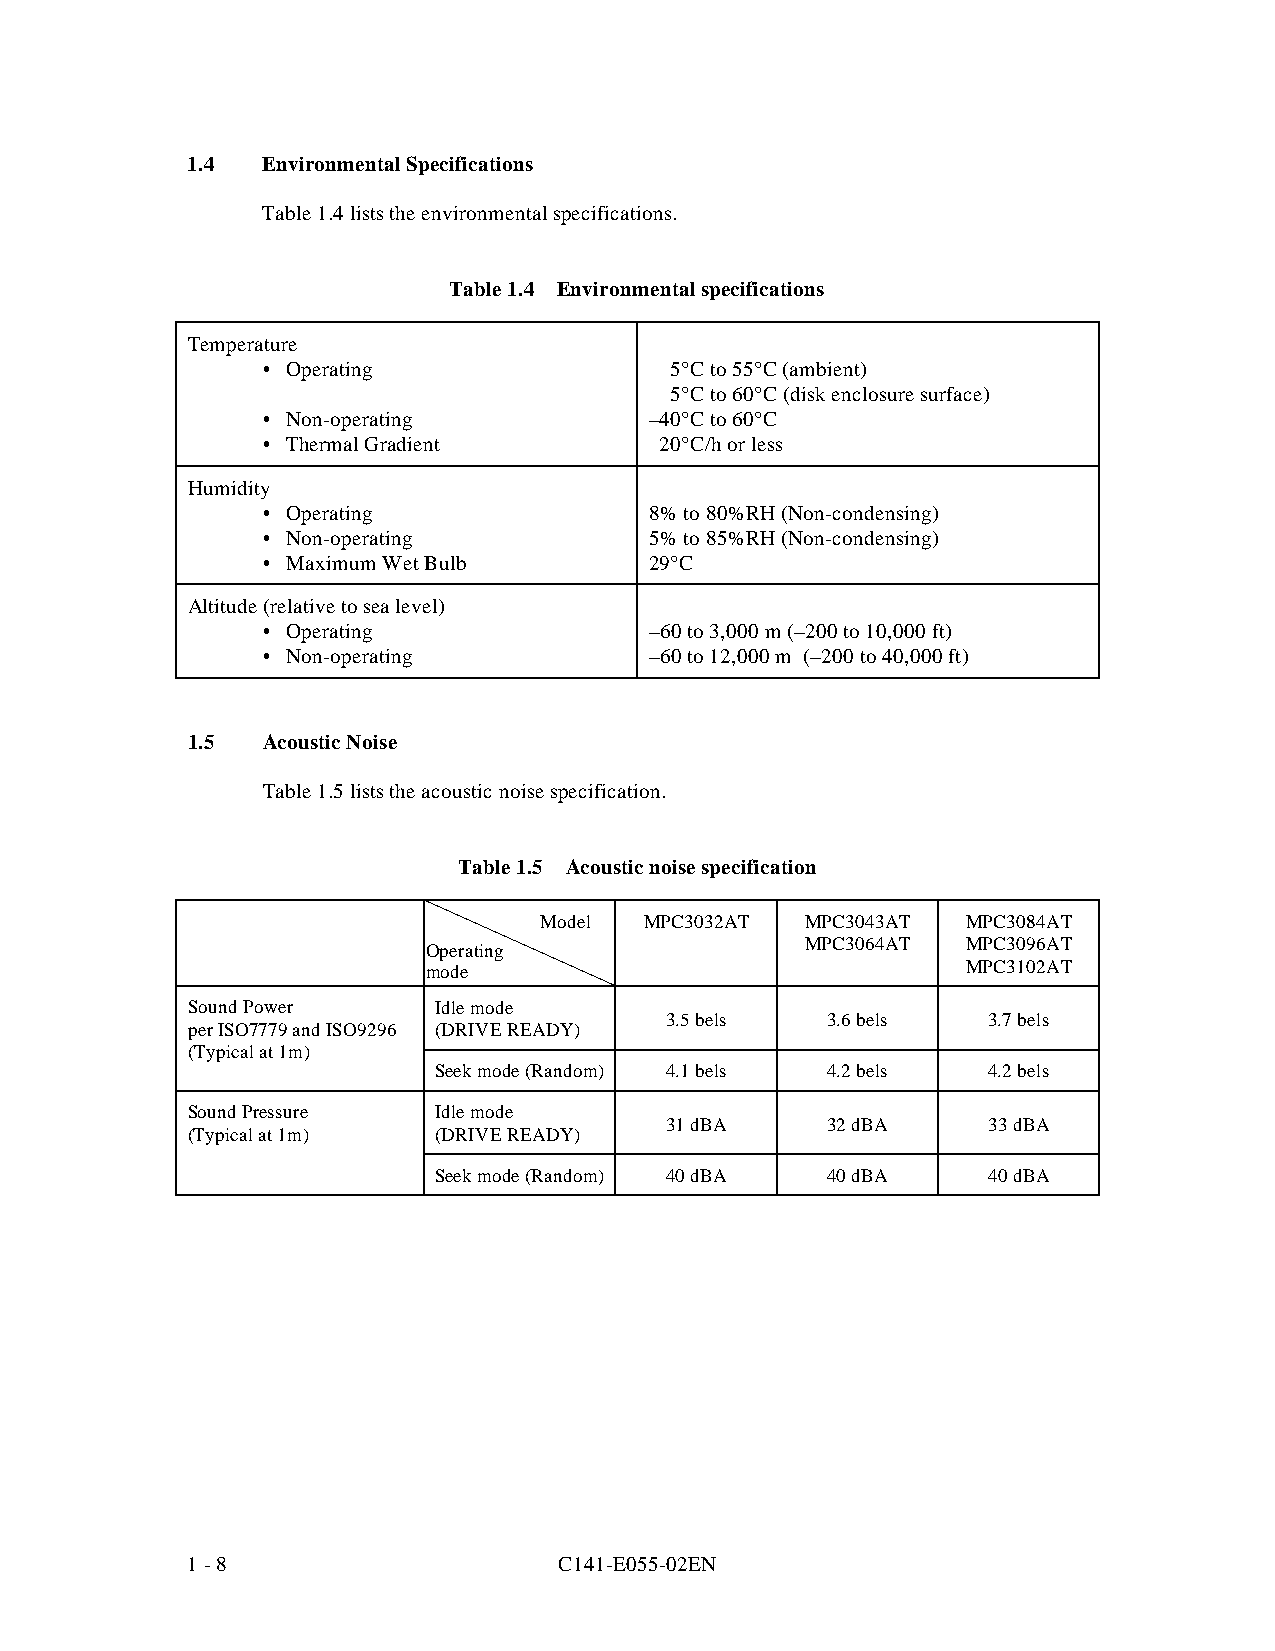
1.4  Environmental Specifications
 Table 1.4 lists the environmental specifications.
 Table 1.4 Environmental specifications
 Temperature
 • Operating                5°C to 55°C (ambient)
 5°C to 60°C (disk enclosure surface)
 • Non-operating           –40°C to 60°C
 • Thermal Gradient         20°C/h or less
 Humidity
 • Operating               8% to 80%RH (Non-condensing)
 • Non-operating           5% to 85%RH (Non-condensing)
 • Maximum Wet Bulb        29°C
 Altitude (relative to sea level)
 • Operating               –60 to 3,000 m (–200 to 10,000 ft)
 • Non-operating           –60 to 12,000 m (–200 to 40,000 ft)
 1.5  Acoustic Noise
 Table 1.5 lists the acoustic noise specification.
 Table 1.5 Acoustic noise specification
 Model  MPC3032AT MPC3043AT  MPC3084AT
 MPC3064AT  MPC3096AT
 Operating
 mode                                MPC3102AT
 Sound Power      Idle mode
 3.5 bels   3.6 bels  3.7 bels
 per ISO7779 and ISO9296 (DRIVE READY)
 (Typical at 1m)
 Seek mode (Random) 4.1 bels 4.2 bels 4.2 bels
 Sound Pressure   Idle mode
 31 dBA     32 dBA    33 dBA
 (Typical at 1m)  (DRIVE READY)
 Seek mode (Random) 40 dBA 40 dBA    40 dBA
 1 - 8                    C141-E055-02EN